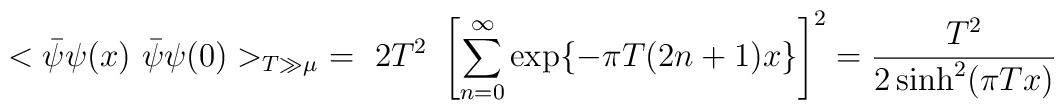
<\bar{\psi}\psi(x)~\bar{\psi}\psi(0)>_{T\gg\mu}\ =\ 2 T^2\ \left[\sum_{n=0}^\infty \exp\{-\pi T(2n+1)x\}\right]^2 =\frac{T^2}{2\sinh^2(\pi Tx)}